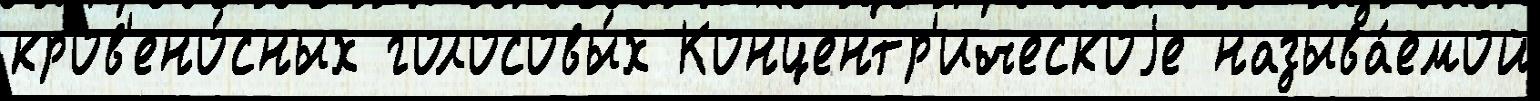
кров'ено́сных голосовы́х Концентр'ическоjе называ́емой